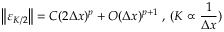
\left\| \varepsilon _ { K / 2 } \right\| = C ( 2 \Delta x ) ^ { p } + O ( \Delta x ) ^ { p + 1 } \mathrm { ~ , ~ } ( K \propto \frac { 1 } { \Delta x } )